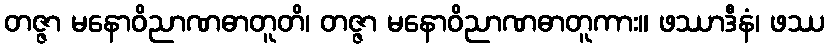
တဇ္ဇာ မနောဝိညာဏဓာတူတိ၊ တဇ္ဇာ မနောဝိညာဏဓာတူကား။ ဖဿာဒီနံ၊ ဖဿ